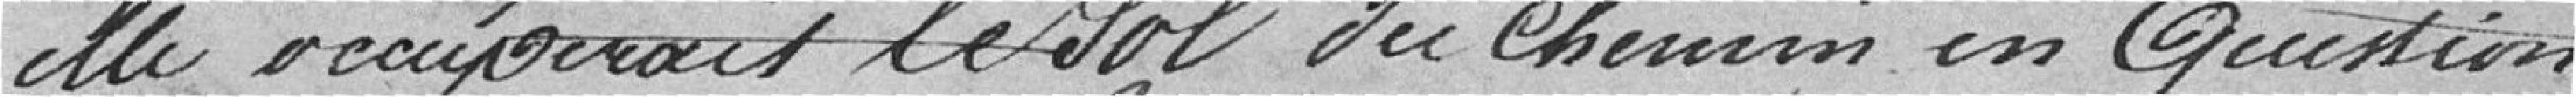
elle occuperait le sol du chemin en question